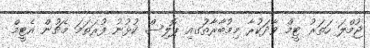
ޖުމްލަ ހަތަރު ޓީމް ވާދަކުރާ މިމުބާރާތުަގއި ޕޮލިސް ކުޅުނު ފުރަތަމަ މެޗުން އެޓީމް